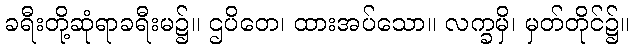
ခရီးတို့ဆုံရာခရီးမ၌။ ဌပိတေ၊ ထားအပ်သော။ လက္ခမှိ၊ မှတ်တိုင်၌။